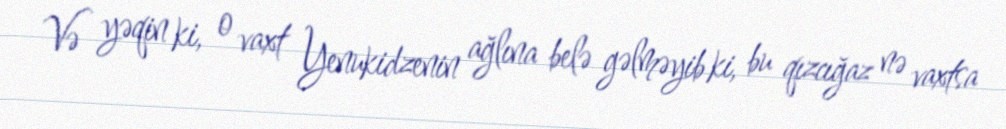
Və yəqin ki, o vaxt Yenukidzenin ağlına belə gəlməyib ki, bu qızcığaz nə vaxtsa